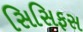
સિસિફસ